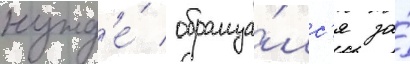
нужд'е́ / обраща́лс'я за́